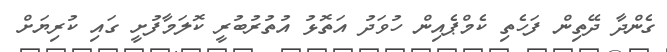
ގެންދާ ދޭތިން ފަހެތި ކެމްޕެއިން ހުވަދު އަތޮޅު އުތުރުބުރީ ކޮލަމާފުށީ ގައި ކުރިޔަށް